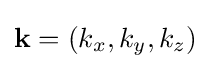
\mathbf {k} =(k_{x},k_{y},k_{z})